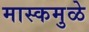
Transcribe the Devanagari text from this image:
मास्कमुळे